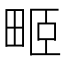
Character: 𤱻